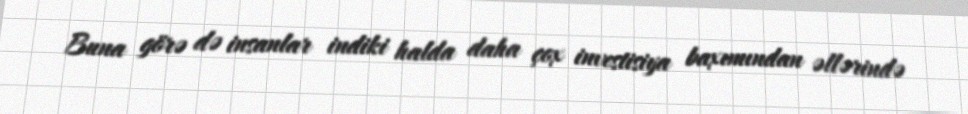
Buna görə də insanlar indiki halda daha çox investisiya baxımından əllərində